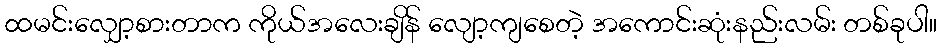
ထမင်းလျှော့စားတာက ကိုယ်အလေးချိန် လျော့ကျစေတဲ့ အကောင်းဆုံးနည်းလမ်း တစ်ခုပါ။